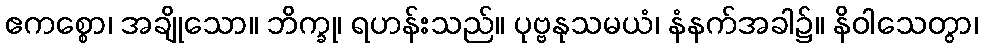
ဧကစ္စော၊ အချိုသော။ ဘိက္ခု၊ ရဟန်းသည်။ ပုဗ္ဗနုသမယံ၊ နံနက်အခါ၌။ နိဝါသေတွာ၊